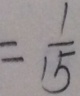
= \frac { 1 } { 1 5 }